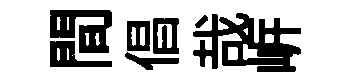
間倡哉㟁